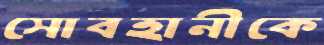
সোবহানীকে